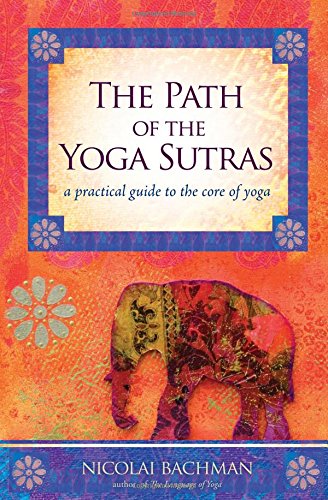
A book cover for The Path of the Yoga Sutras: A Practical Guide to the Core of Yoga; Nicolai Bachman; Health, Fitness & Dieting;